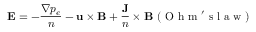
{ \mathbf E } = - \frac { \nabla p _ { e } } { n } - { \mathbf u } \times { \mathbf B } + \frac { \mathbf J } { n } \times { \mathbf B } \ ( \mathrm { ~ O ~ h ~ m ~ ' ~ s ~ l ~ a ~ w ~ } )